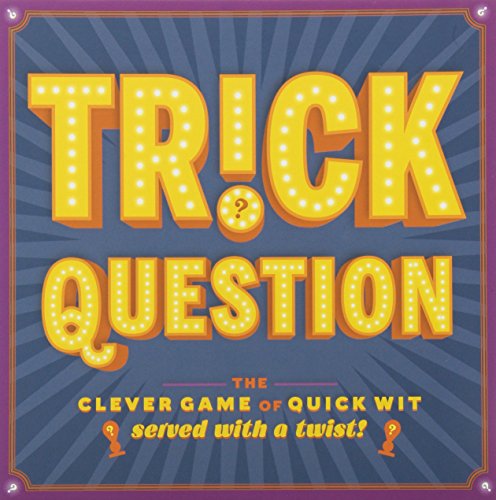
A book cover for Trick Question: The Clever Game of Quick WitEEServed with a Twist!; Forrest-Pruzan Creative; Humor & Entertainment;